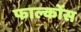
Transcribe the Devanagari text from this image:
फाल्कोंस